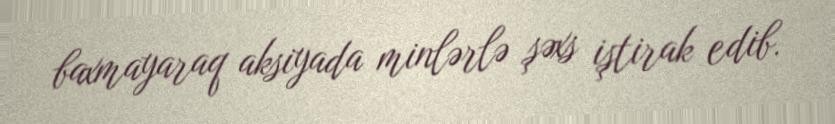
baxmayaraq aksiyada minlərlə şəxs iştirak edib.